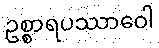
ဥစ္စာရပဿာဝေါ